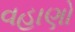
વહાણો